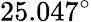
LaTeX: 25.047^{\circ}